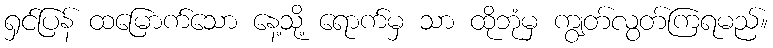
ရှင်ပြန် ထမြောက်သော နေ့သို့ ရောက်မှ သာ ထိုဘုံမှ ကျွတ်လွတ်ကြရမည်။